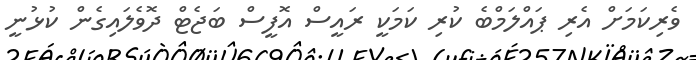
ވެރިކަމަށް އެރި ޕައްލަމްބެ ކުރި ކަމަކީ ރައީސް އޮފީސް ބަޖެޓް ދޮވެލައިގެން ކުޅުނީ